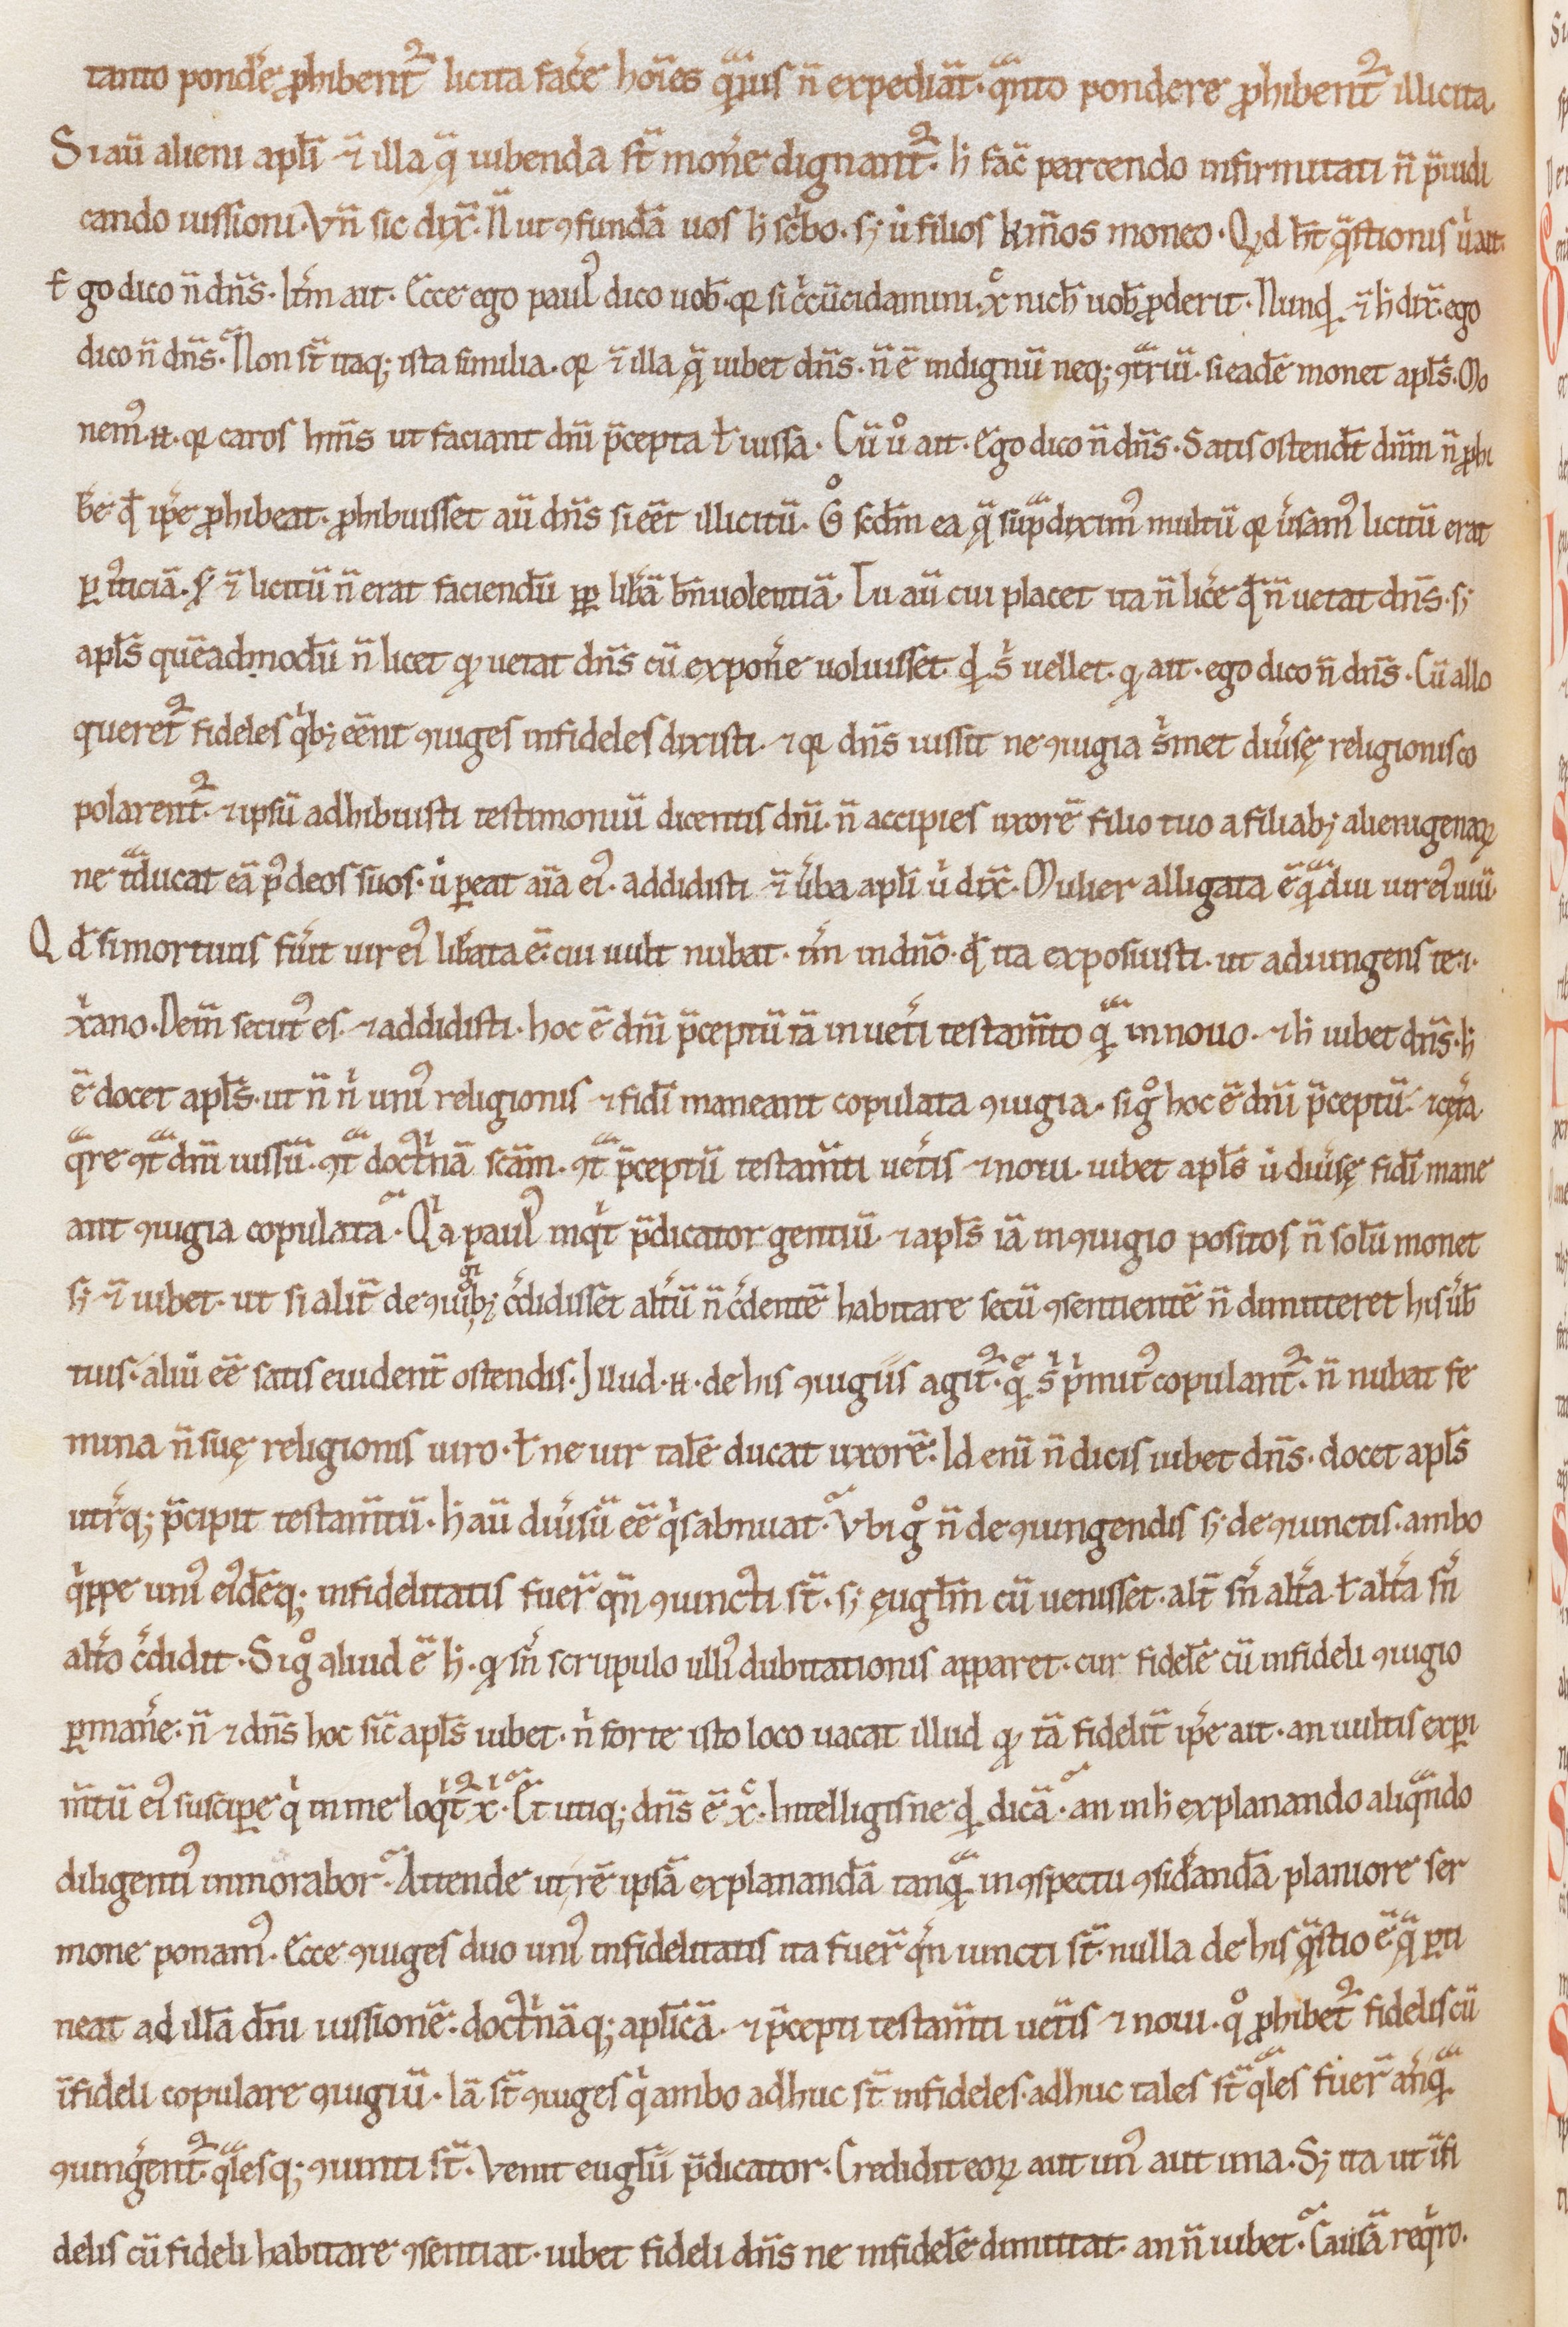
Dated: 1100–1199